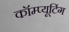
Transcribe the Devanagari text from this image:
कॉम्प्यूटिंग